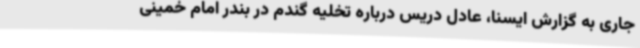
جاری به گزارش ایسنا، عادل دریس درباره تخلیه گندم در بندر امام خمینی